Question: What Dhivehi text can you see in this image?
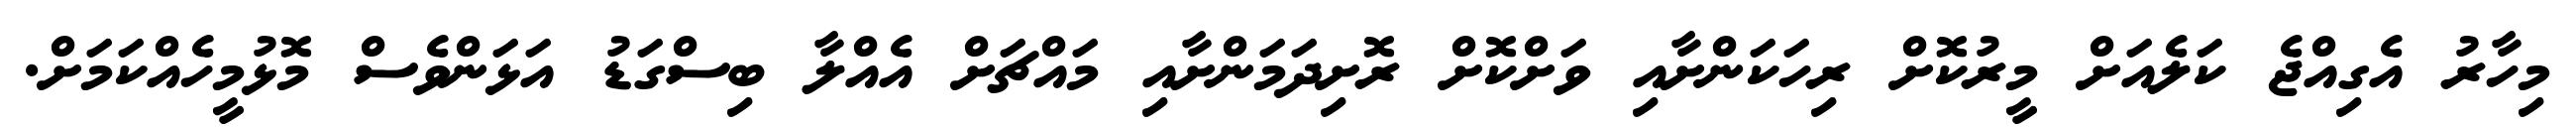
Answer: މިހާރު އެގިއްޖެ ކަލެއަށް މީރުކޮށް ރިހަކަންށާއި ވަށްކޮށް ރޮށިދަމަންށާއި މައްޗަށް އެއްލާ ބިސްގަޑު އަޅަންވެސް މޮޅުމީހެއްކަމަށް.